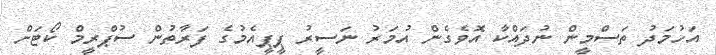
އަހުމަދު ތަސްމީން ނުދައްކާ އޮވެގެން އުމަރު ނަސީރު ޕީޕީއެމުގެ ފަރާތުން ސުޕްރީމް ކޯޓަށް